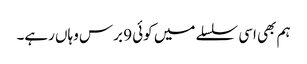
ہم بھی اسی سلسلے میں کوئی 9 برس وہاں رہے۔